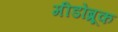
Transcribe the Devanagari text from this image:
मीडोब्रूक